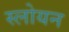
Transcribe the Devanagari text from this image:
स्लोयन